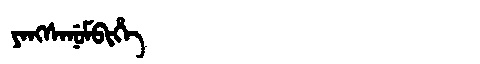
Manchu: ᠶᠠᠩᠰᠠᠨᡠᠮᠪᡳᡥᡝ
Romanization: YANGSANUMBIHE